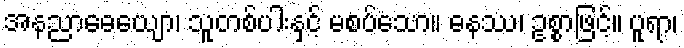
အနညာဓေယျော၊ သူတစ်ပါးနှင့် မစပ်သော။ ဓနဿ၊ ဥစ္စာဖြင့်။ ပူရာ၊